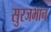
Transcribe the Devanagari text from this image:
सुरजभान